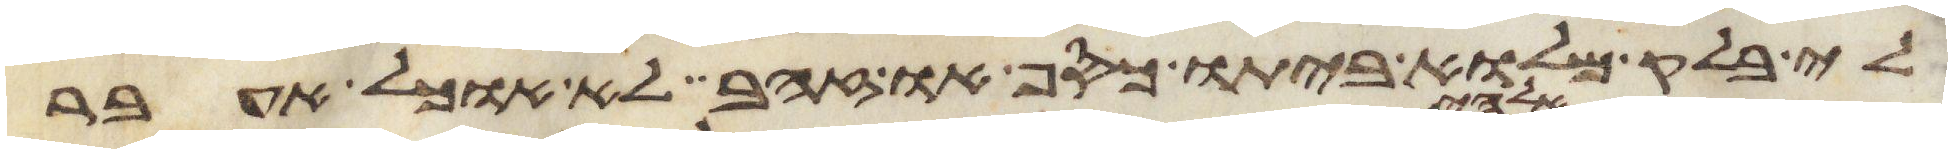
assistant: לי בלק מלוא ביתו כסף או זהב לא אוכל אעבר